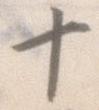
十